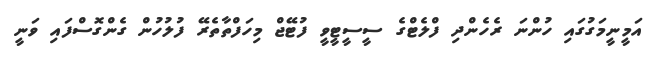
އަމީނީމަގުގައި ހުންނަ ރެހެންދި ފްލެޓްގެ ސީސީޓީވީ ފުޓޭޖް މިހަފްތާތެރޭ ފުލުހުން ގެންގޮސްފައި ވަނީ